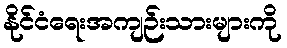
နိုင်ငံရေးအကျဉ်းသားများကို